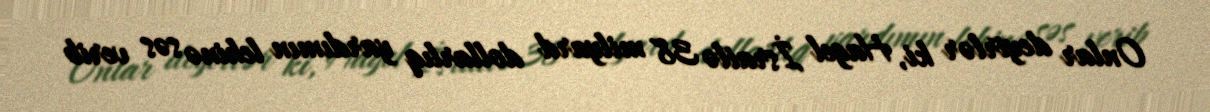
Onlar deyirlər ki, Hagel İsrailə 38 milyard dollarlıq yardımın lehinə səs verib